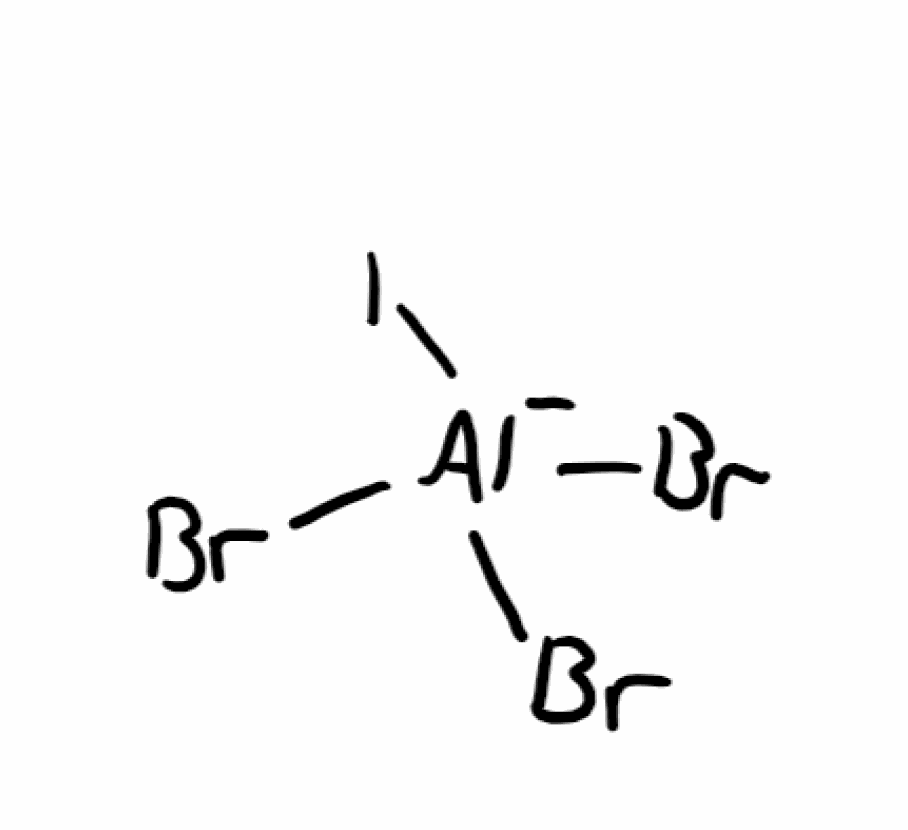
Simplified molecular-input line-entry system (SMILES) notation of the given molecule:
[Al-](Br)(Br)(Br)I